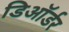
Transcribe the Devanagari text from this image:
डिऑर्डर